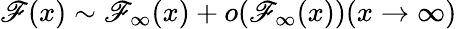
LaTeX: \mathscr{F}(x)\sim\mathscr{F}_{\infty}(x)+o(\mathscr{F}_{\infty}(x))(x\rightarrow\infty)